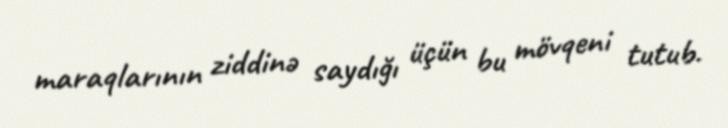
maraqlarının ziddinə saydığı üçün bu mövqeni tutub.